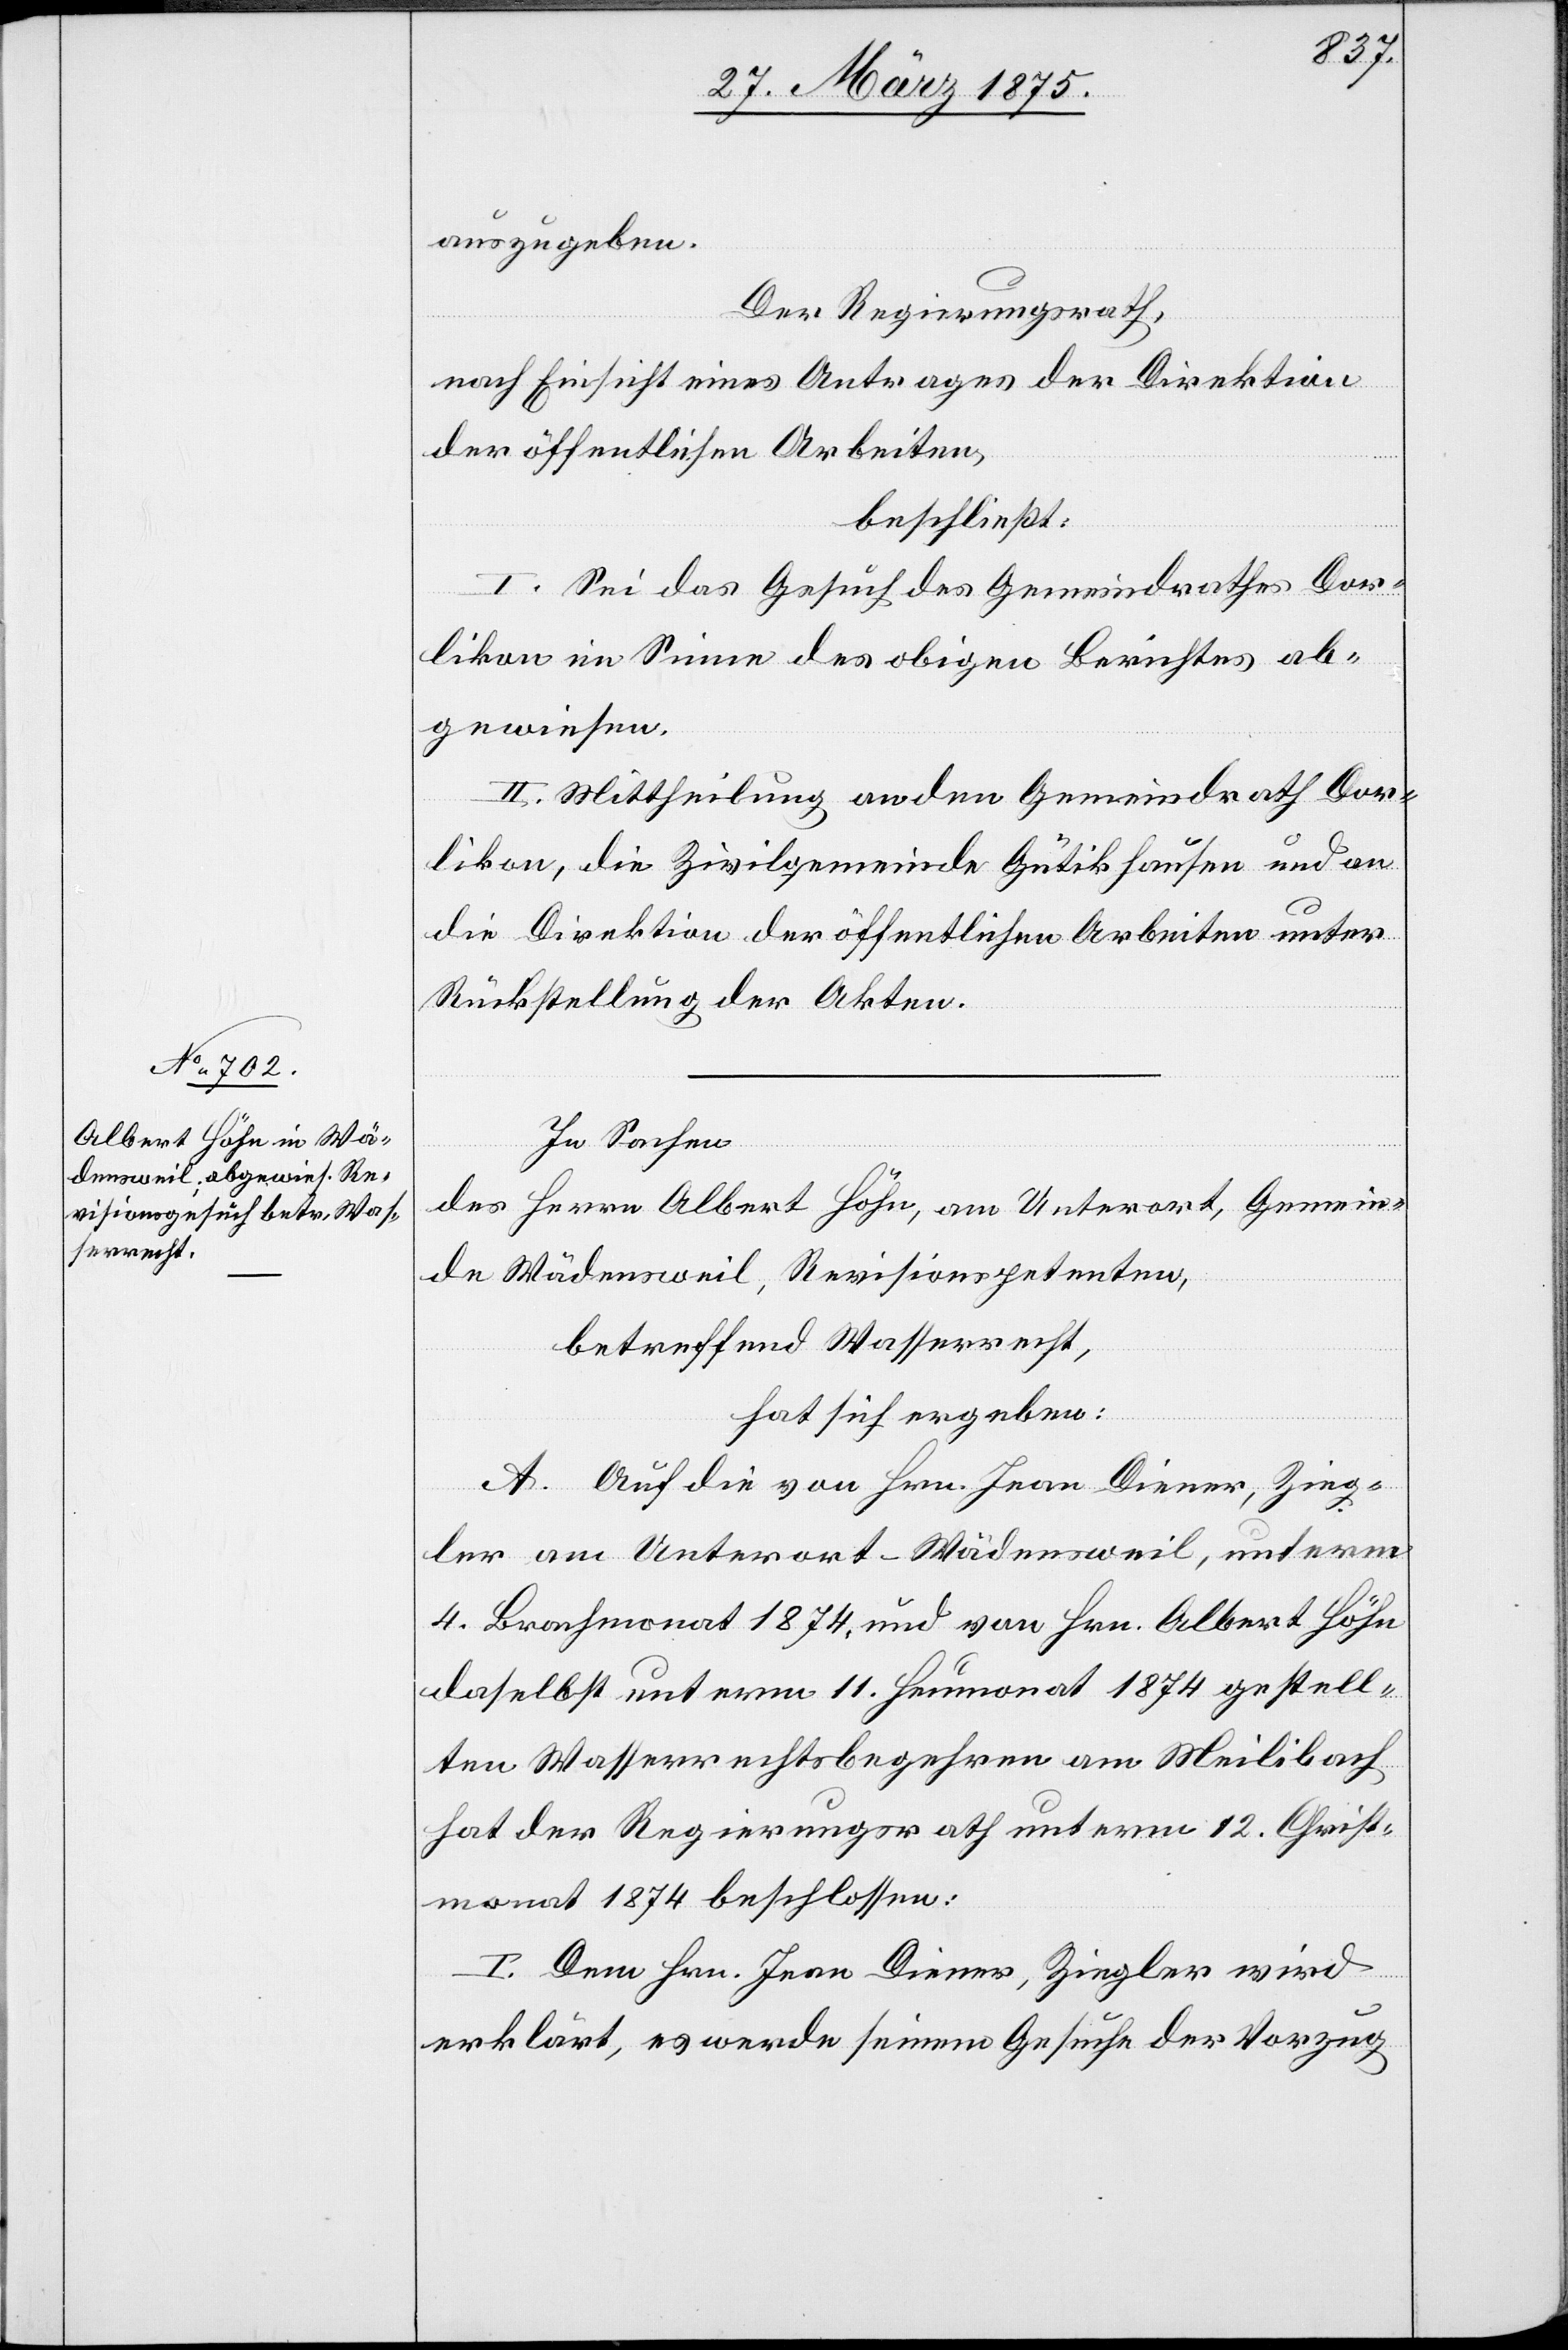
auszugeben.
Der Regierungsrath,
nach Einsicht eines Antrages der Direktion
der öffentlichen Arbeiten,
beschließt:
I. Sei das Gesuch des Gemeindrathes Dor¬
likon im Sinne des obigen Berichtes ab¬
gewiesen.
II. Mittheilung an den Gemeindrath Dor¬
likon, die Zivilgemeinde Gütikhausen und an
die Direktion der öffentlichen Arbeiten unter
Rückstellung der Akten.
In Sachen
des Herrn Oberst Höhn, am Unterort, Gemein¬
de Wädensweil, Revisionspetenten,
betreffend Wasserrecht,
hat sich ergeben:
A. Auf die von Hrn. Jean Diener, Zieg¬
ler am Unterort-Wädensweil, unterm
4. Brachmonat 1874, und von Hrn. Albert Höhn
daselbst unterm 11. Heumonat 1874 gestell¬
ten Wasserrechtsbegehren am Meilibach
hat der Regierungsrath unterm 12. Christ¬
monat 1874 beschlossen:
I. Dem Hrn. Jena Diener, Ziegler wird
erklärt, es werde seinem Gesuche der Vorzug